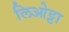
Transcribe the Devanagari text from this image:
लिओट्टा